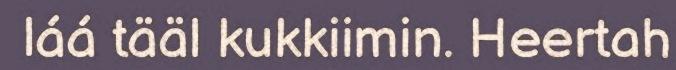
láá tääl kukkiimin. Heertah